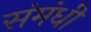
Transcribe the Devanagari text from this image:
संमंधी